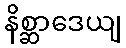
နိစ္ဆာဒေယျ